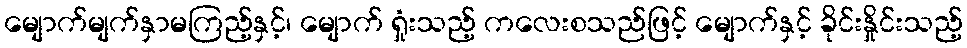
မျောက်မျက်နှာမကြည့်နှင့်၊ မျောက် ရှုံးသည့် ကလေးစသည်ဖြင့် မျောက်နှင့် ခိုင်းနှိုင်းသည့်